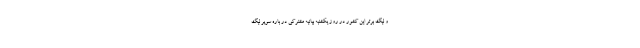
و لیگ برتر این کشور در روز یکشنبه بیانیه‌ مشترکی در باره سوپر لیگ